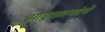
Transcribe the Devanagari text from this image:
झाडूवाल्यांचे